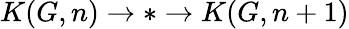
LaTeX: K(G,n)\to*\to K(G,n+1)